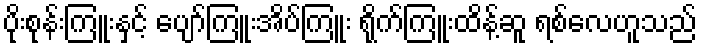
ပိုးစုန်းကြူးနှင့် ပျော်ကြူးအိပ်ကြူး ရိုက်ကြူးထိန့်ဆူ ရစ်လေဟူသည်